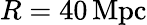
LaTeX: R=40\, \mathrm{Mpc}